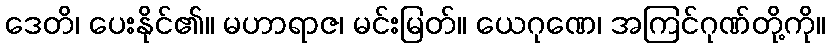
ဒေတိ၊ ပေးနိုင်၏။ မဟာရာဇ၊ မင်းမြတ်။ ယေဂုဏေ၊ အကြင်ဂုဏ်တို့ကို။